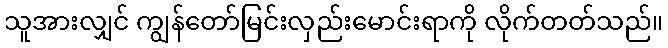
သူအားလျှင် ကျွန်တော်မြင်းလှည်းမောင်းရာကို လိုက်တတ်သည်။